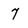
Character: 7